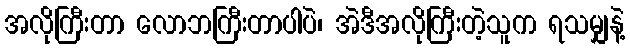
အလိုကြီးတာ လောဘကြီးတာပါပဲ၊ အဲဒီအလိုကြီးတဲ့သူက ရသမျှနဲ့